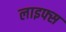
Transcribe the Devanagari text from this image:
लाइफ्स